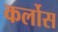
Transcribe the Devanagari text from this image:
कर्लोस